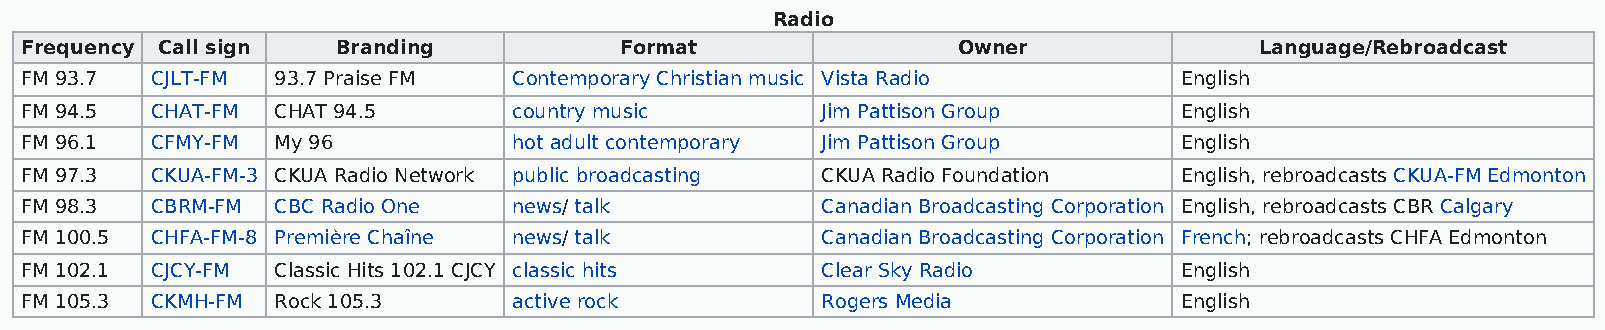
Radio
 Frequency Call sign  Branding           Format                Owner               Language/Rebroadcast
 FM 93.7  CJLT-FM 93.7 Praise FM  Contemporary Christian music Vista Radio    English
 FM 94.5  CHAT-FM CHAT 94.5       country music       Jim Pattison Group      English
 FM 96.1  CFMY-FM My 96           hot adult contemporary Jim Pattison Group   English
 FM 97.3  CKUA-FM-3 CKUA Radio Network public broadcasting CKUA Radio Foundation English, rebroadcasts CKUA-FM Edmonton
 FM 98.3  CBRM-FM CBC Radio One   news/ talk          Canadian Broadcasting Corporation English, rebroadcasts CBR Calgary
 FM 100.5 CHFA-FM-8 Première Chaîne news/ talk        Canadian Broadcasting Corporation French; rebroadcasts CHFA Edmonton
 FM 102.1 CJCY-FM Classic Hits 102.1 CJCY classic hits Clear Sky Radio        English
 FM 105.3 CKMH-FM Rock 105.3      active rock         Rogers Media            English